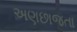
અણછાજતા